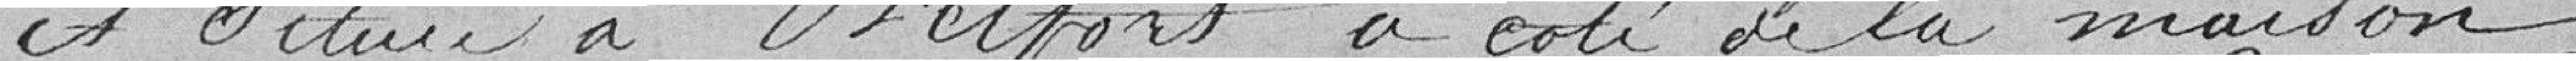
et située à Belfort à côté de la maison